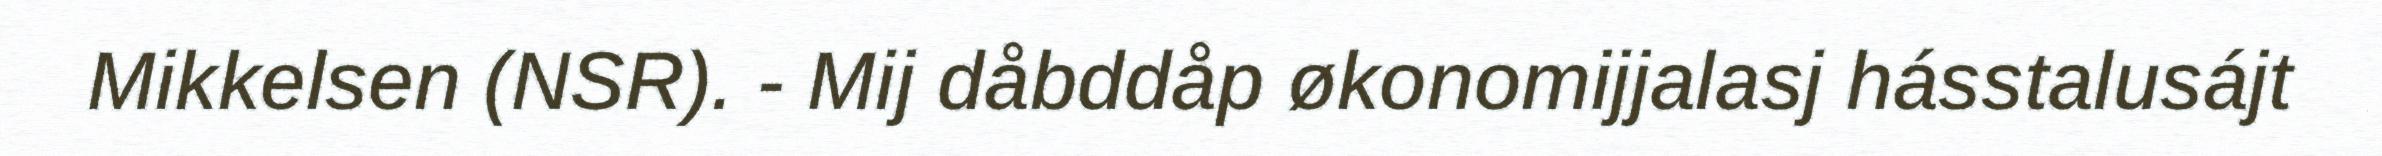
Mikkelsen (NSR). - Mij dåbddåp økonomijjalasj hásstalusájt